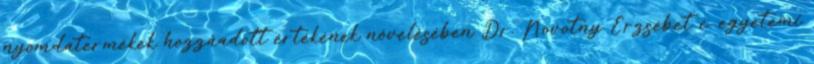
nyomdatermékek hozzáadott értékének növelésében Dr. Novotny Erzsébet c. egyetemi